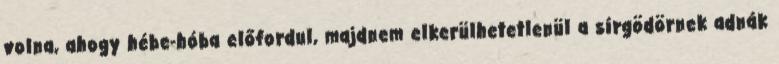
volna, ahogy hébe-hóba előfordul, majdnem elkerülhetetlenül a sírgödörnek adnák